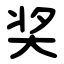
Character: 奖